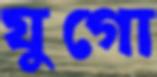
যুগো